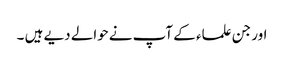
اور جن علماء کے آپ نے‌حوالے دیے ہیں ۔